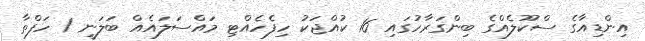
އިންޑިއާގެ ސްކޫލެއްގެ ބިންގަރާހުގައި 16 ކުއްޖަކު ހިފެހެއްޓި މައްސަލައެއް ބަލަނީ 1 ހަފްތާ